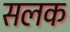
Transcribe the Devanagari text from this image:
सलक